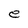
Character: e